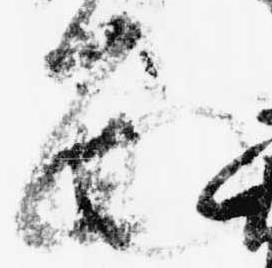
面